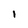
Character: I